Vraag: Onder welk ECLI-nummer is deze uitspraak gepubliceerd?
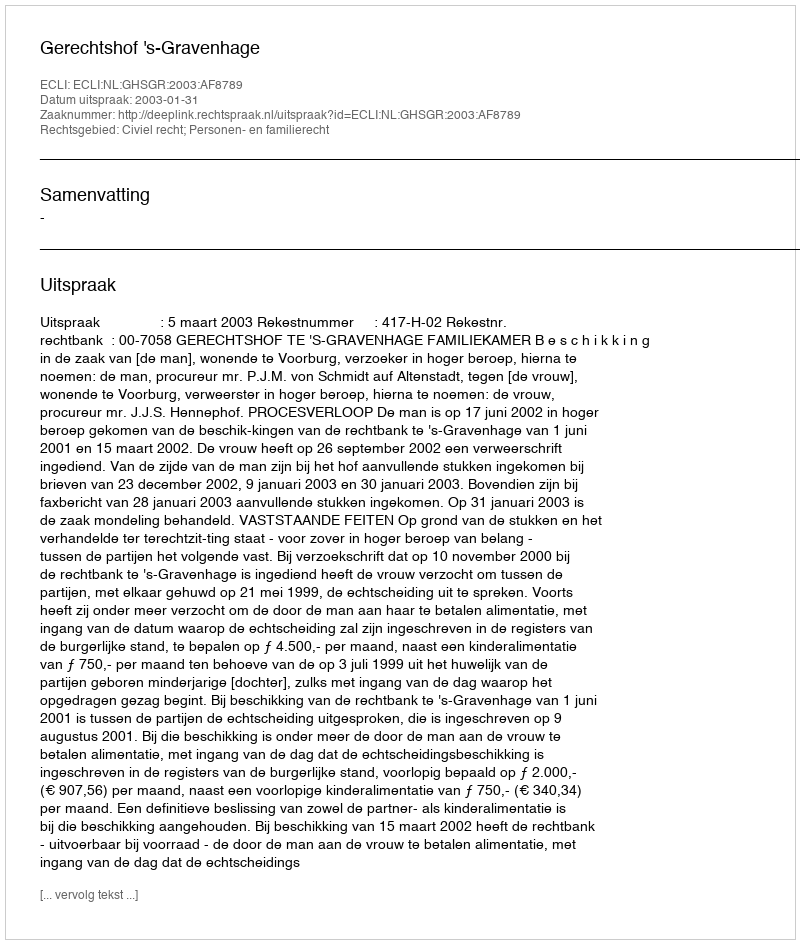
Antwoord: ECLI:NL:GHSGR:2003:AF8789